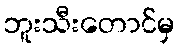
ဘူးသီးတောင်မှ